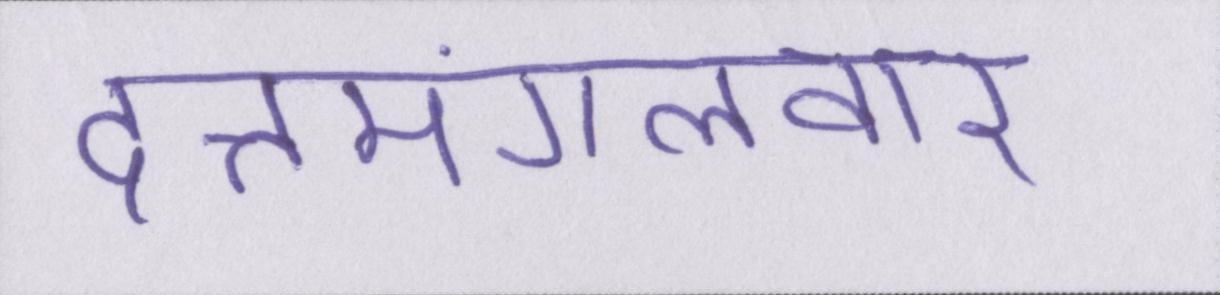
दत्तमंगलवार